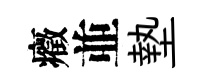
癥並墊